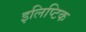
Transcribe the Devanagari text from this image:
इलिप्टिक